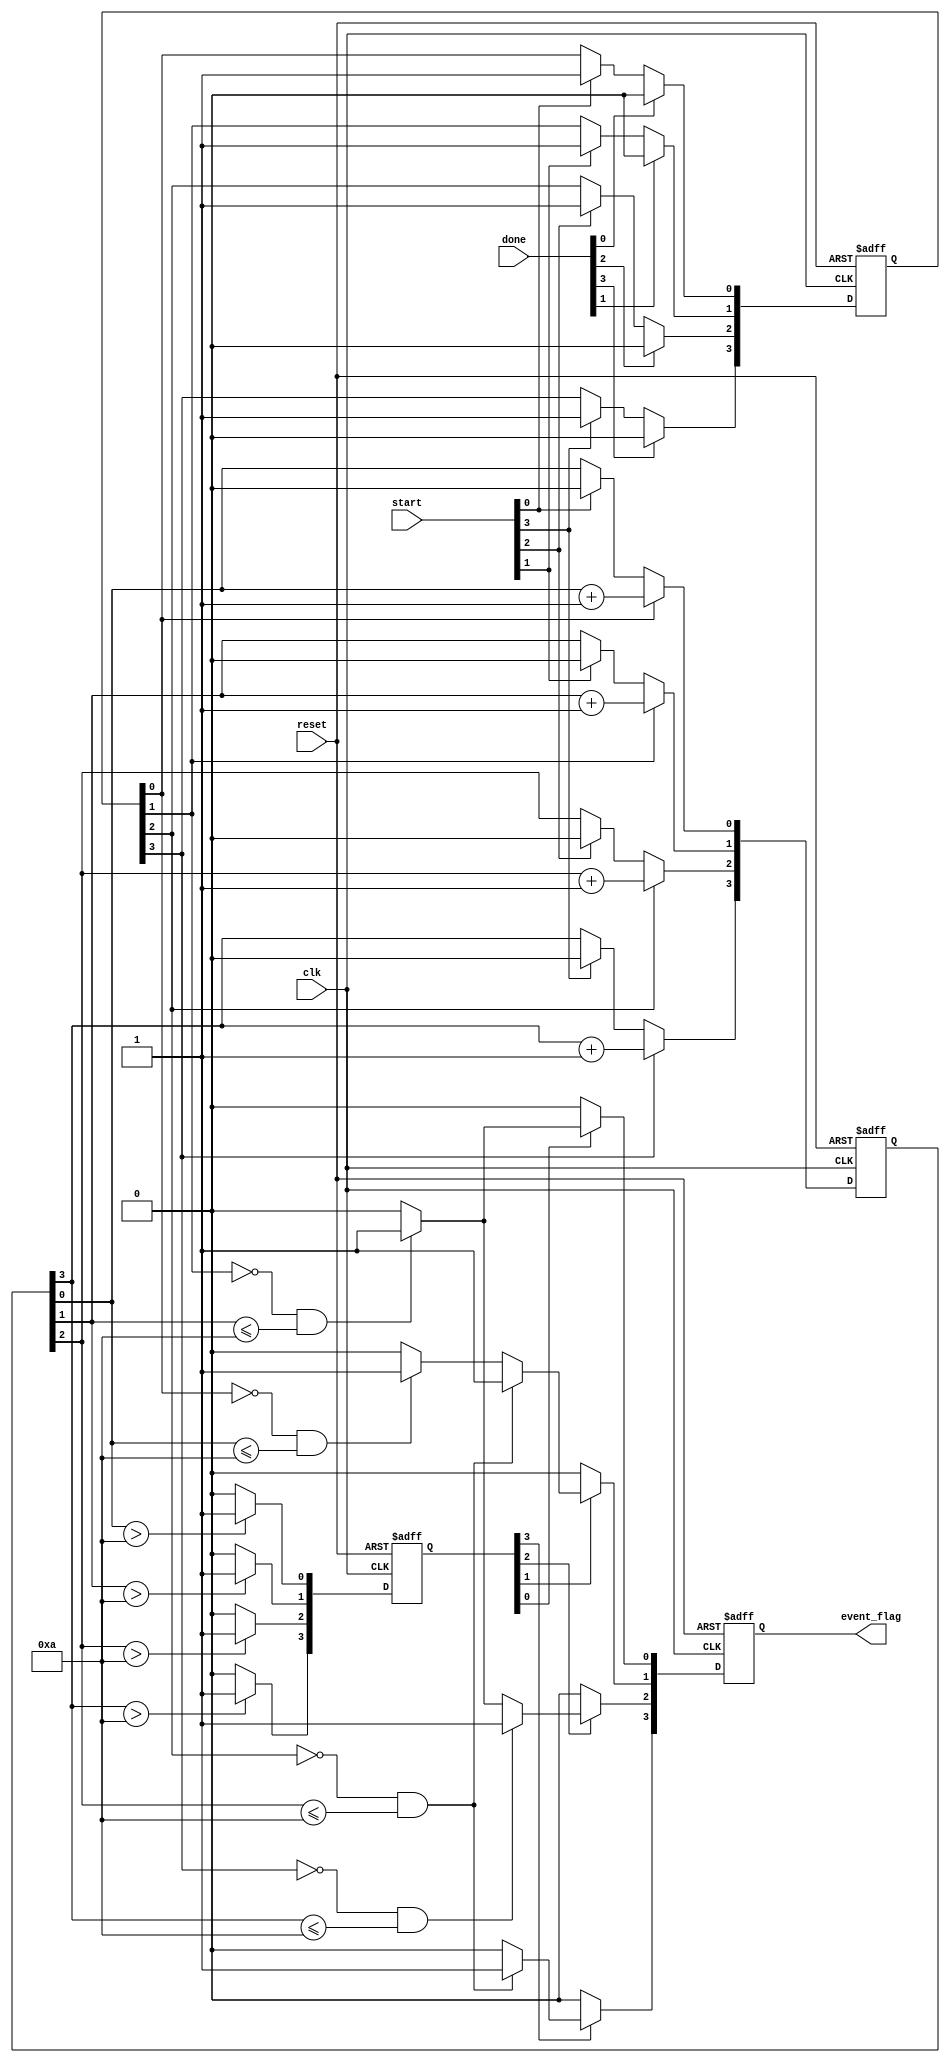
module MemoryBlocksTimeBorrowingDetector #(
    parameter NUM_BLOCKS = 4,         // Number of memory blocks
    parameter TIME_THRESHOLD = 10      // Predefined timing threshold for operations
)(
    input wire clk,                    // Global clock signal
    input wire reset,                  // Reset signal
    input wire [NUM_BLOCKS-1:0] start, // Start signals for each memory block
    input wire [NUM_BLOCKS-1:0] done,  // Done signals for each memory block
    output reg [NUM_BLOCKS-1:0] event_flag // Time borrowing event flags
);

    reg [NUM_BLOCKS-1:0] busy;               // Status registers for busy blocks
    reg [NUM_BLOCKS-1:0] operational_time;   // Operational time counters
    reg [NUM_BLOCKS-1:0] exceeded_time;      // Flags indicating time threshold exceeded

    integer i;

    // Initialization and Monitoring
    always @(posedge clk or posedge reset) begin
        if (reset) begin
            busy <= 0;
            operational_time <= 0;
            exceeded_time <= 0;
            event_flag <= 0;
        end else begin
            // Update busy status and operational time
            for (i = 0; i < NUM_BLOCKS; i = i + 1) begin
                if (start[i]) begin
                    busy[i] <= 1; // Mark block as busy
                    operational_time[i] <= 0; // Reset operational time
                end
                if (done[i]) begin
                    busy[i] <= 0; // Mark block as idle
                end
                
                // Increment operational time if busy
                if (busy[i]) begin
                    operational_time[i] <= operational_time[i] + 1; // Increment time
                end

                // Check if operational time exceeds the threshold
                if (operational_time[i] > TIME_THRESHOLD) begin
                    exceeded_time[i] <= 1; // Set exceeded flag
                end else begin
                    exceeded_time[i] <= 0; // Clear exceeded flag
                end
            end
            
            // Detect time borrowing events
            event_flag <= 0; // Reset event flags
            for (i = 0; i < NUM_BLOCKS; i = i + 1) begin
                if (exceeded_time[i]) begin
                    // Check for adjacent blocks that can lend time
                    if (i > 0 && !busy[i-1] && operational_time[i-1] <= TIME_THRESHOLD) begin
                        event_flag[i] <= 1; // Set borrowing event for block i
                    end
                    if (i < NUM_BLOCKS-1 && !busy[i+1] && operational_time[i+1] <= TIME_THRESHOLD) begin
                        event_flag[i] <= 1; // Set borrowing event for block i
                    end
                end
            end
        end
    end
endmodule